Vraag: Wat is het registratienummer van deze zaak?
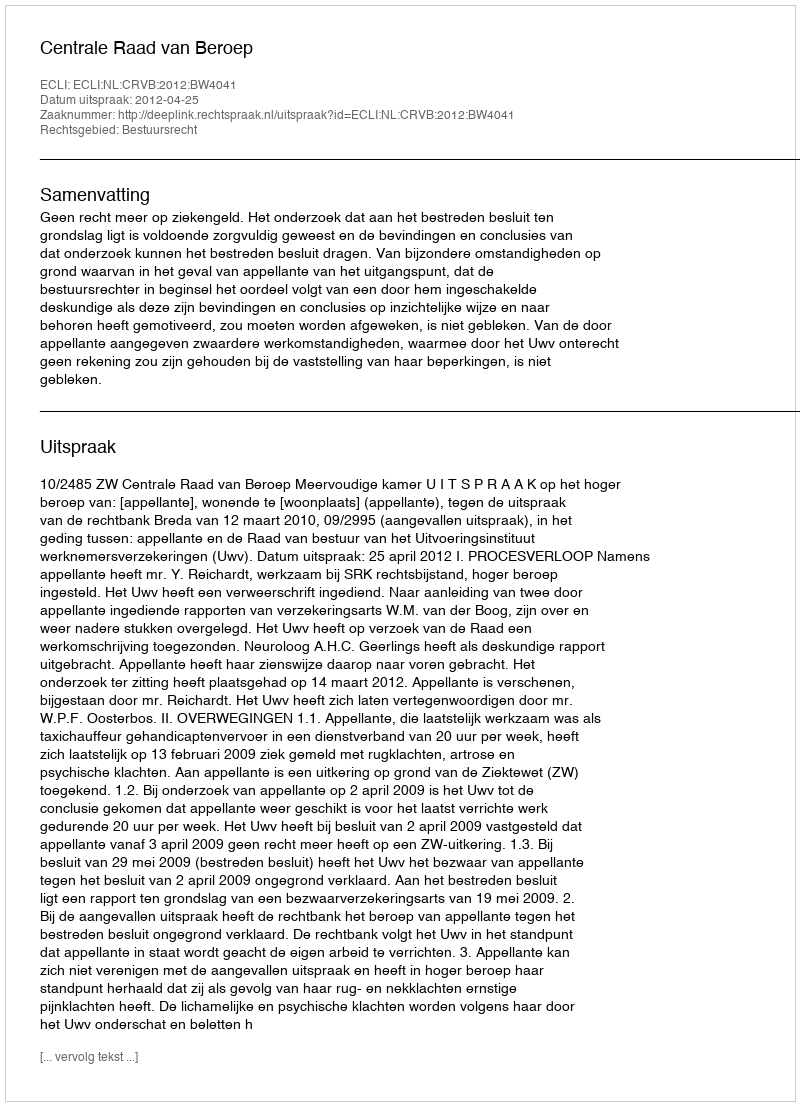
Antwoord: http://deeplink.rechtspraak.nl/uitspraak?id=ECLI:NL:CRVB:2012:BW4041